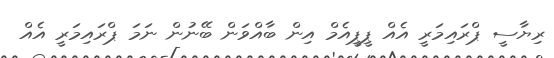
ރިޔާސީ ޕްރަައިމަރީ އެއް ޕީޕީއެމް އިން ބާއްވަން ބޭނުން ނަމަ ޕްރައިމަރީ އެއް